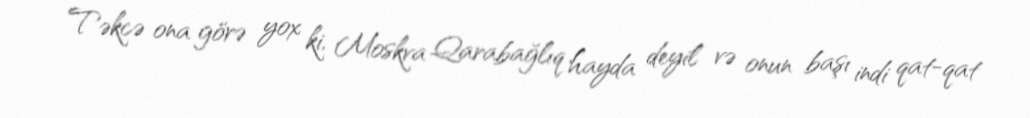
Təkcə ona görə yox ki, Moskva Qarabağlıq hayda deyil və onun başı indi qat-qat